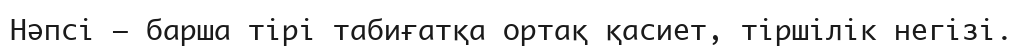
Нәпсі – барша тірі табиғатқа ортақ қасиет, тіршілік негізі.